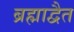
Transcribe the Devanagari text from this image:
ब्रह्माद्वैत